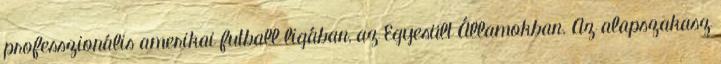
professzionális amerikai futball ligában, az Egyesült Államokban. Az alapszakasz